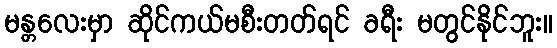
မန္တလေးမှာ ဆိုင်ကယ်မစီးတတ်ရင် ခရီး မတွင်နိုင်ဘူး။